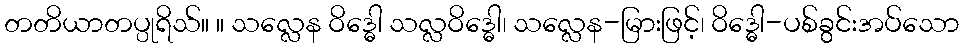
တတိယာတပ္ပုရိသ်။ ။ သလ္လေန ဝိဒ္ဓေါ သလ္လဝိဒ္ဓေါ၊ သလ္လေန-မြားဖြင့်၊ ဝိဒ္ဓေါ-ပစ်ခွင်းအပ်သော